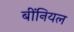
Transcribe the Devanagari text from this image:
बींनियल